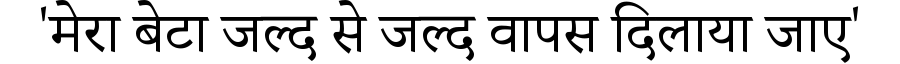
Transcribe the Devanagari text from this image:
'मेरा बेटा जल्द से जल्द वापस दिलाया जाए'